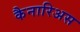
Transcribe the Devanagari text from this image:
कैनारिअस